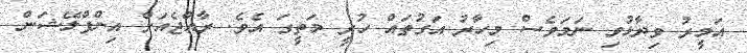
އަމީރު ވިދާޅުވިި ނަމަވެސް މިހާރު އަގުތައް ހުރީ މަތީގަ އެވެ. ރާއްޖެއަށް އިންފްލޭޝަން